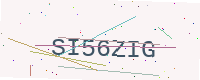
Text: SI56ZIG